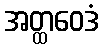
အတ္ထဝေဒံ